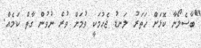
"ބާސެލޯނާ ކޮޅަށް ހަތަރު ލަނޑު ޖެހުމަކީ ވުމަށް ވުރެ ނުވުން ގާތް ކަމެއް.